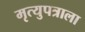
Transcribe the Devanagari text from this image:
मृत्युपत्राला